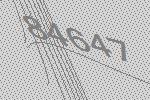
84647